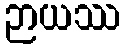
ဉာယဿ